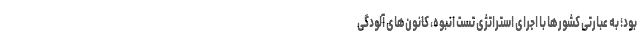
بود؛ به عبارتی کشورها با اجرای استراتژی تست انبوه، کانون‌های آلودگی